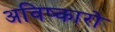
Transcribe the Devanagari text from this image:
अविष्कारो